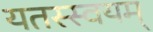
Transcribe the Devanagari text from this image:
यतस्स्वयम्